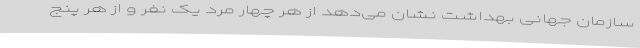
سازمان جهانی بهداشت نشان می‌دهد از هر چهار مرد یک نفر و از هر پنج